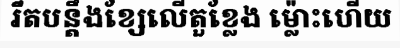
រឹតបន្តឹងខ្សែលើតួខ្លែង ម្ល៉ោះហើយ